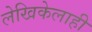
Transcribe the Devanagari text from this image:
लेखिकेलाही